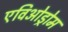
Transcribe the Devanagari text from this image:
एविओड्रोम